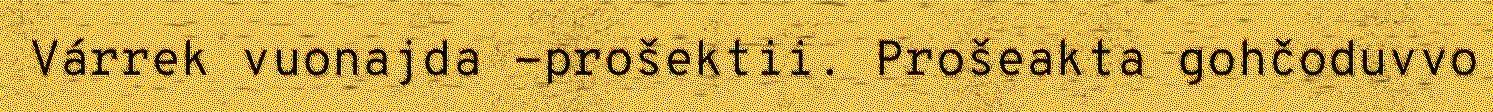
Várrek vuonajda -prošektii. Prošeakta gohčoduvvo